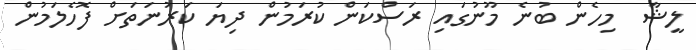
ލީޝާ  މިހެން ބުނެ މޫނުގައި ރަސްކަން ކުރަމުން ދިޔަ ކަރުނަތަށް ފޮހެލަމުން